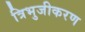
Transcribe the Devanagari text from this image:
त्रिभुजीकरण